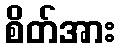
စိတ်အား